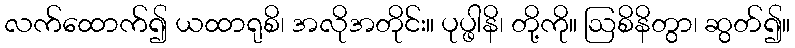
လက်ထောက်၍ ယထာရုစိ၊ အလိုအတိုင်း။ ပုပ္ဖါနိ၊ တို့ကို။ ဩစိနိတွာ၊ ဆွတ်၍။